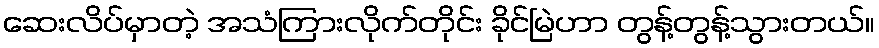
ဆေးလိပ်မှာတဲ့ အသံကြားလိုက်တိုင်း ခိုင်မြဲဟာ တွန့်တွန့်သွားတယ်။